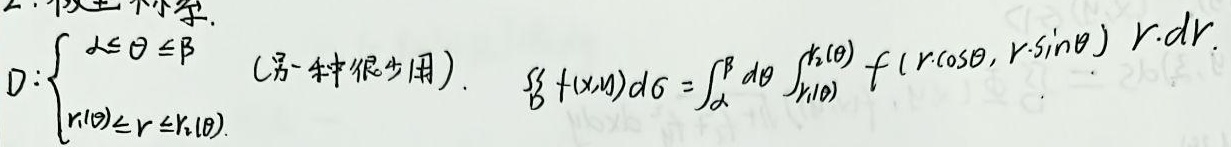
区域\(D\)表示为\(\begin{cases}\alpha\leq \theta \leq \beta \\r_1(\theta)\leq r \leq r_2(\theta)\end{cases}\)（另一种很少用）。

\(\iint\limits_{D} f(x,y)d\sigma = \int_{\alpha}^{\beta} d\theta \int_{r_1(\theta)}^{r_2(\theta)} f(r\cos\theta, r\sin\theta) r\cdot dr\)。